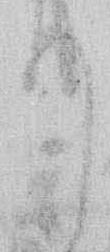
て